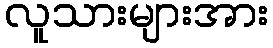
လူသားများအား